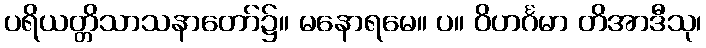
ပရိယတ္တိသာသနာတော်၌။ မနောရမေ။ ပ။ ဝိဟင်္ဂမာ တိအာဒီသု၊